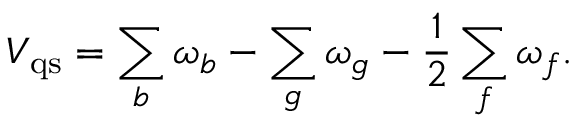
V _ { \mathrm { q s } } = \sum _ { b } \omega _ { b } - \sum _ { g } \omega _ { g } - \frac { 1 } { 2 } \sum _ { f } \omega _ { f } .